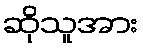
ဆိုသူအား